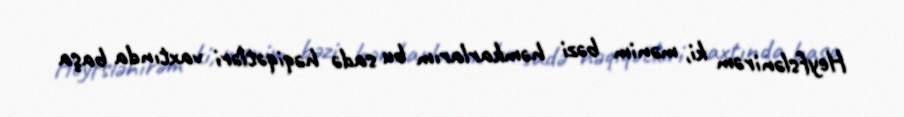
Heyfslənirəm ki, mənim bəzi həmkarlarım bu sadə həqiqətləri vaxtında başa